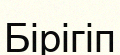
Бірігіп